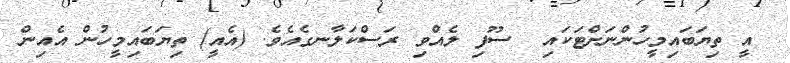
އީ ތިޔަބައިމީހުންނަށްޓަކައި  ސޫފި ލެއްވި ރަސްކަލާނގެއެވެ. (އެއީ) ތިޔަބައިމީހުން އެއިން